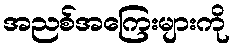
အညစ်အကြေးများကို